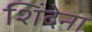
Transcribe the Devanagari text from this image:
शिंदेना